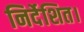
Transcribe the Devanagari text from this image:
निर्देशित।